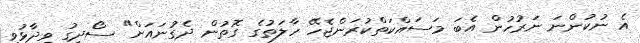
އެ ނުކުންނަ ނަރުހުން އެބަ މަސައްކަތްކުރަންޖެހޭ ހާލަތުގެ ގޮތުން ދެގުނައަށް" ސޯދިގު ވިދާޅުވި